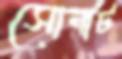
সোনাট